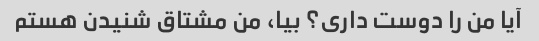
آیا من را دوست داری؟ بیا، من مشتاق شنیدن هستم